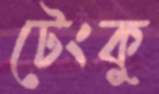
টেংকু